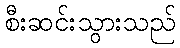
စီးဆင်းသွားသည်